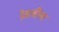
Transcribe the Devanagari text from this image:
प्रेमलीला